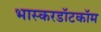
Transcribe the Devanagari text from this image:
भास्करडॉटकॉम